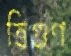
ত্রিগুণ